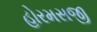
હોરમસજી